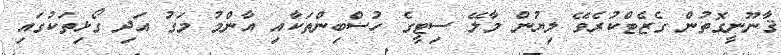
ޤާނޫނީގޮތުން ގެޒެޓްކުރެވޭ ލިޔުން މާލޭ ސިޓީގެ ހުސްބިންތަކާއި އާންމު މަގު އަދި ގޯޅިތަކުގައި